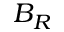
B _ { R }